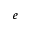
e